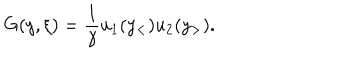
LaTeX: G ( y , \xi ) = { \frac { 1 } { \gamma } } u _ { 1 } ( y _ { < } ) u _ { 2 } ( y _ { > } ) .